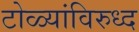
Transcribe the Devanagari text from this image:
टोळ्यांविरुध्द